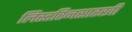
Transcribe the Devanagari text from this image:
लिस्टरिनसारखी